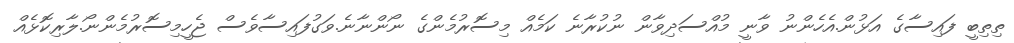
ތިތިބީ ފައިސާގެ އަޅުން.އެހެންނު ވާނީ މުއްސަދިވާން ނުކުރާނެ ކަމެއް މިސޮރުމެންގެ ނޯންނާނެ.ވަގުފައިސާވެސް ޖެހީމިސޮރުމެންނޯ.ލާރިކޮޅެއް